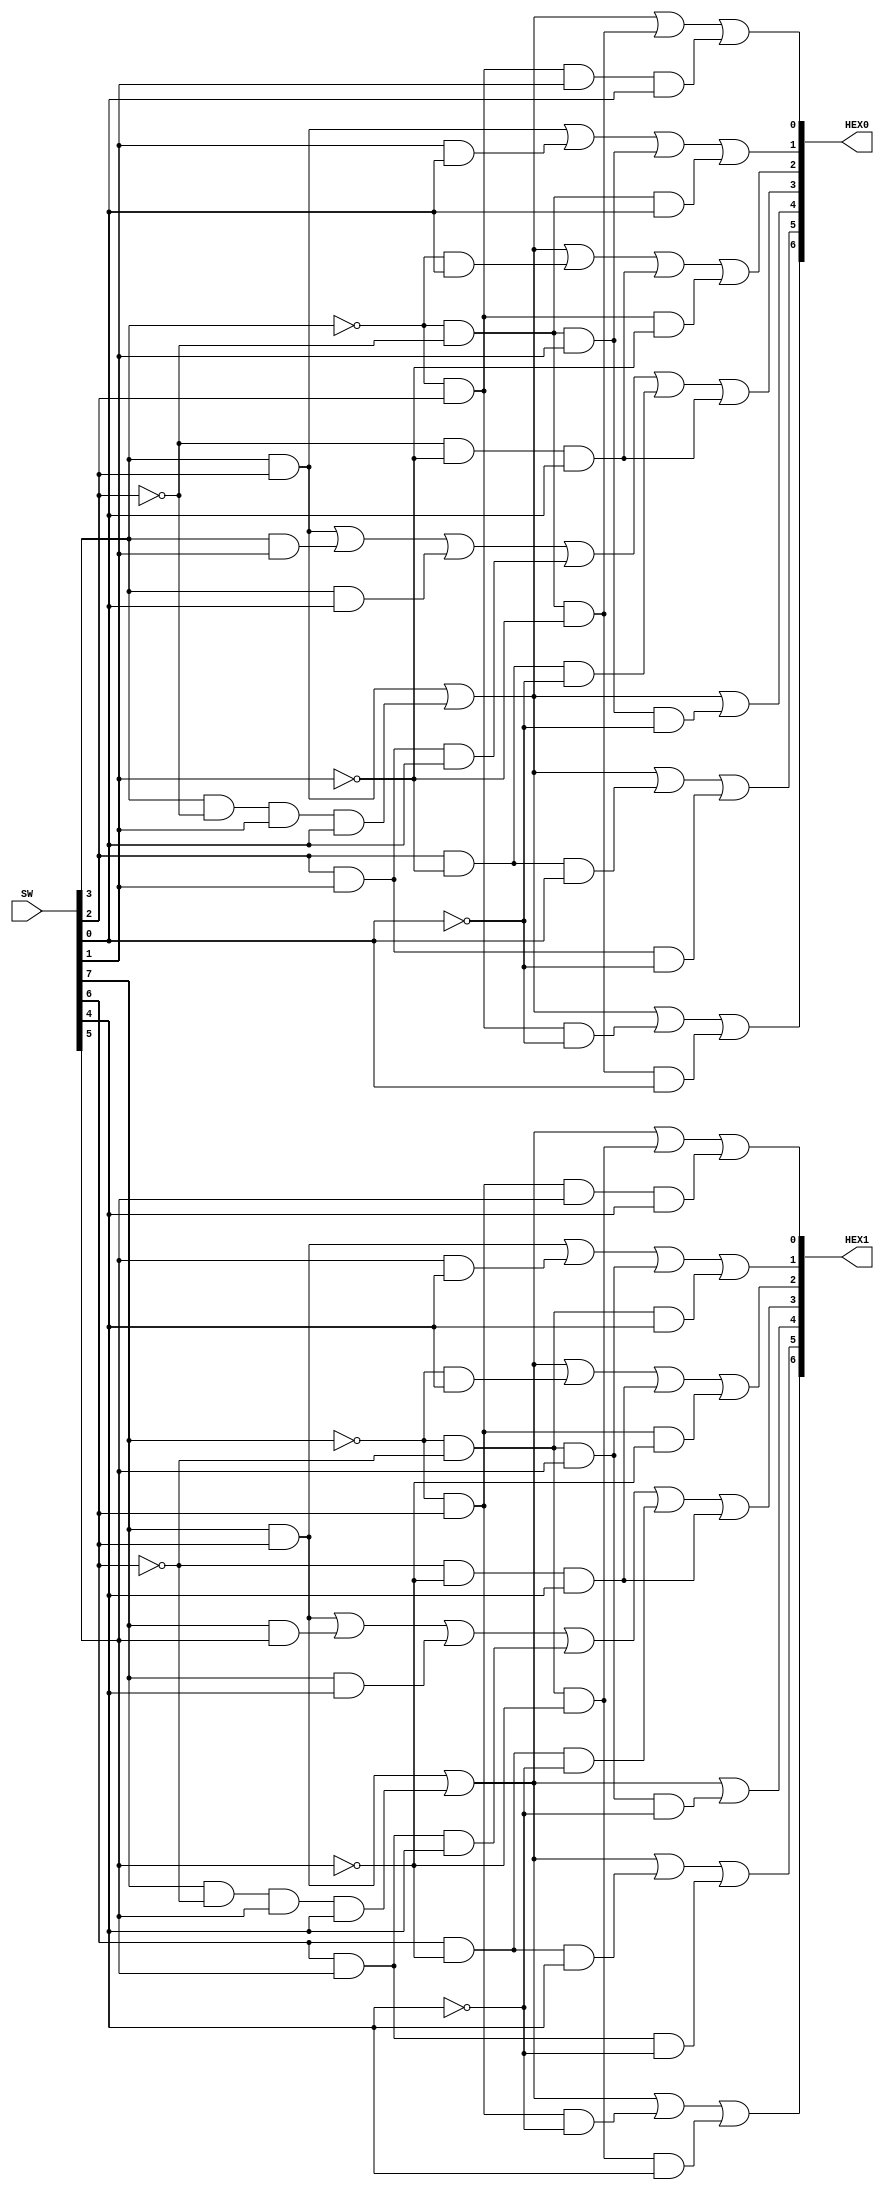
module part1 (SW, HEX0, HEX1);

	input [7:0] SW; // slide switches
	output [0:6] HEX1, HEX0; // 7-seg display
	
	assign HEX0[0] = (SW[3] & SW[2]) | (SW[3] & ~ SW[2] & SW[1] & SW[0]) | (~SW[3] & SW[2] & ~SW[0]) | (~SW[3] & ~ SW[2] & ~SW[1] & SW[0]);
	assign HEX0[1] = (SW[3] & SW[2]) | (SW[3] & ~ SW[2] & SW[1] & SW[0]) | (SW[2] & ~SW[1] & SW[0]) | (SW[2] & SW[1] & ~SW[0]);
	assign HEX0[2] = (SW[3] & SW[2]) | (SW[3] & ~ SW[2] & SW[1] & SW[0]) | (~SW[3] & ~ SW[2] & SW[1] & ~SW[0]);
	assign HEX0[3] = (SW[3] & SW[2]) | (SW[3] & SW[1]) | (SW[3] & SW[0])| (SW[2] & SW[1] & SW[0]) | (SW[2] & ~SW[1] & ~SW[0]) | (~SW[2] & ~SW[1] & SW[0]);
	assign HEX0[4] = (SW[3] & SW[2]) | (SW[3] & ~ SW[2] & SW[1] & SW[0]) | (~SW[3] & SW[0]) | (~SW[2] & ~SW[1] & SW[0]) | (~SW[3] & SW[2] & ~SW[1]);
	assign HEX0[5] = (SW[3] & SW[2]) | (SW[1] & SW[0]) | (~SW[3] & ~SW[2] & SW[1]) | (~SW[3] & ~SW[2] & SW[0]);
	assign HEX0[6] = (SW[3] & SW[2]) | (SW[3] & ~ SW[2] & SW[1] & SW[0]) | (~SW[3] & ~SW[2] & ~SW[1]) | (~SW[3] & SW[2] & SW[1] & SW[0]);
	
	assign HEX1[0] = (SW[7] & SW[6]) | (SW[7] & ~SW[6] & SW[5] & SW[4]) | (~SW[7] & SW[6] & ~SW[4]) | (~SW[7] & ~ SW[6] & ~SW[5] & SW[4]);
	assign HEX1[1] = (SW[7] & SW[6]) | (SW[7] & ~SW[6] & SW[5] & SW[4]) | (SW[6] & ~SW[5] & SW[4]) | (SW[6] & SW[5] & ~SW[4]);
	assign HEX1[2] = (SW[7] & SW[6]) | (SW[7] & ~SW[6] & SW[5] & SW[4]) | (~SW[7] & ~SW[6] & SW[5] & ~SW[4]);
	assign HEX1[3] = (SW[7] & SW[6]) | (SW[7] & SW[5]) | (SW[7] & SW[4])| (SW[6] & SW[5] & SW[4]) | (SW[6] & ~SW[5] & ~SW[4]) | (~SW[6] & ~SW[5] & SW[4]);
	assign HEX1[4] = (SW[7] & SW[6]) | (SW[7] & ~SW[6] & SW[5] & SW[4]) | (~SW[7] & SW[4]) | (~SW[6] & ~SW[5] & SW[4]) | (~SW[7] & SW[6] & ~SW[5]);
	assign HEX1[5] = (SW[7] & SW[6]) | (SW[5] & SW[4]) | (~SW[7] & ~SW[6] & SW[5]) | (~SW[7] & ~SW[6] & SW[4]);
	assign HEX1[6] = (SW[7] & SW[6]) | (SW[7] & ~SW[6] & SW[5] & SW[4]) | (~SW[7] & ~SW[6] & ~SW[5]) | (~SW[7] & SW[6] & SW[5] & SW[4]);
	
endmodule